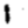
Digit: 1